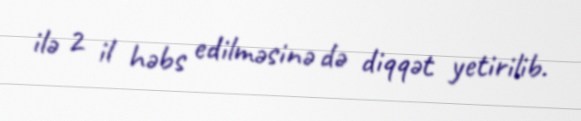
ilə 2 il həbs edilməsinə də diqqət yetirilib.